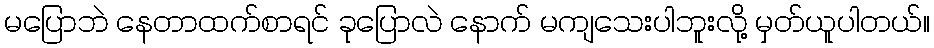
မပြောဘဲ နေတာထက်စာရင် ခုပြောလဲ နောက် မကျသေးပါဘူးလို့ မှတ်ယူပါတယ်။